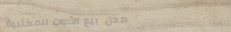
محل بيع الأدوات المكتبية